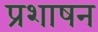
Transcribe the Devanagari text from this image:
प्रशाषन